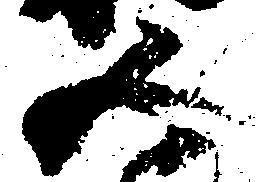
五